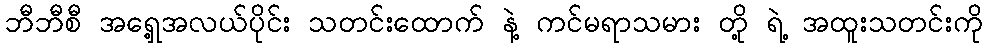
ဘီဘီစီ အရှေ့အလယ်ပိုင်း သတင်းထောက် နဲ့ ကင်မရာသမား တို့ ရဲ့ အထူးသတင်းကို